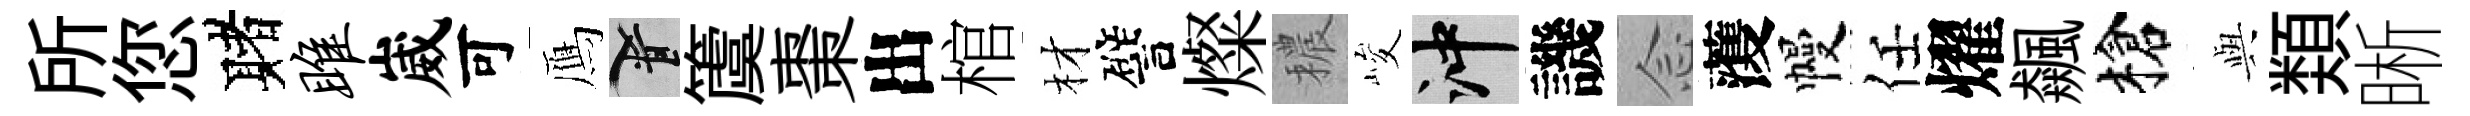
所您赌雎崴可鴈柳𥵂棗出棺材譬燦穠峻冲譏𫝹𮑮幔任燿飆槍𫤰𩔖晰